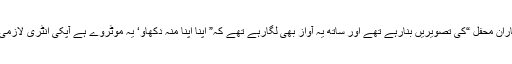
سفر کے ابتداءمیں پروفیسر راحت صاحب ڈیجیٹل کیمرے سے ”یارانِ محفل “کی تصویریں بنارہے تھے اور ساتھ یہ آواز بھی لگارہے تھے کہ” اپنا اپنا منہ دکھاو‘ یہ موٹروے ہے آپکی انٹری لازمی ہے جو ویڈیو فلم کے ذریعے ہوگی‘ سونے والے بیدار ہوجائیں“ ۔